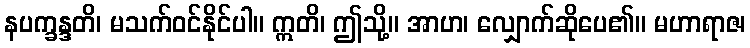
နပက္ခန္ဒတိ၊ မသက်ဝင်နိုင်ပါ။ ဣတိ၊ ဤသို့။ အာဟ၊ လျှောက်ဆိုပေ၏။ မဟာရာဇ၊